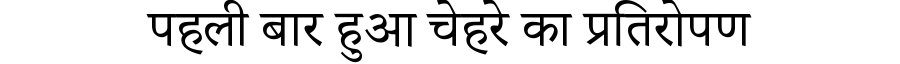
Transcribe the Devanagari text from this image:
पहली बार हुआ चेहरे का प्रतिरोपण